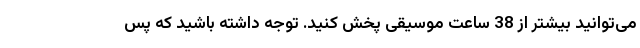
می‌توانید بیشتر از 38 ساعت موسیقی پخش کنید. توجه داشته باشید که پس